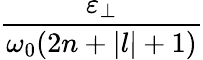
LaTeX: \frac{\varepsilon_{\perp}}{\omega_{0}(2n+|l|+1)}